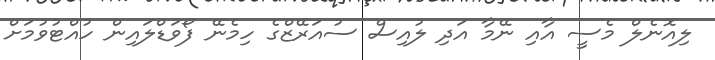
ލިއޮނެލް މެސީ އާއި ނޭމާ އަދި ލުއިސް ސުއަރޭޒްގެ ހިމެނޭ ފޯވަޑްލައިން ހުއްޓުވުމަށް